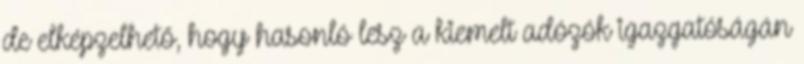
de elképzelhető, hogy hasonló lesz a kiemelt adózók igazgatóságán